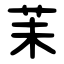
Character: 苿